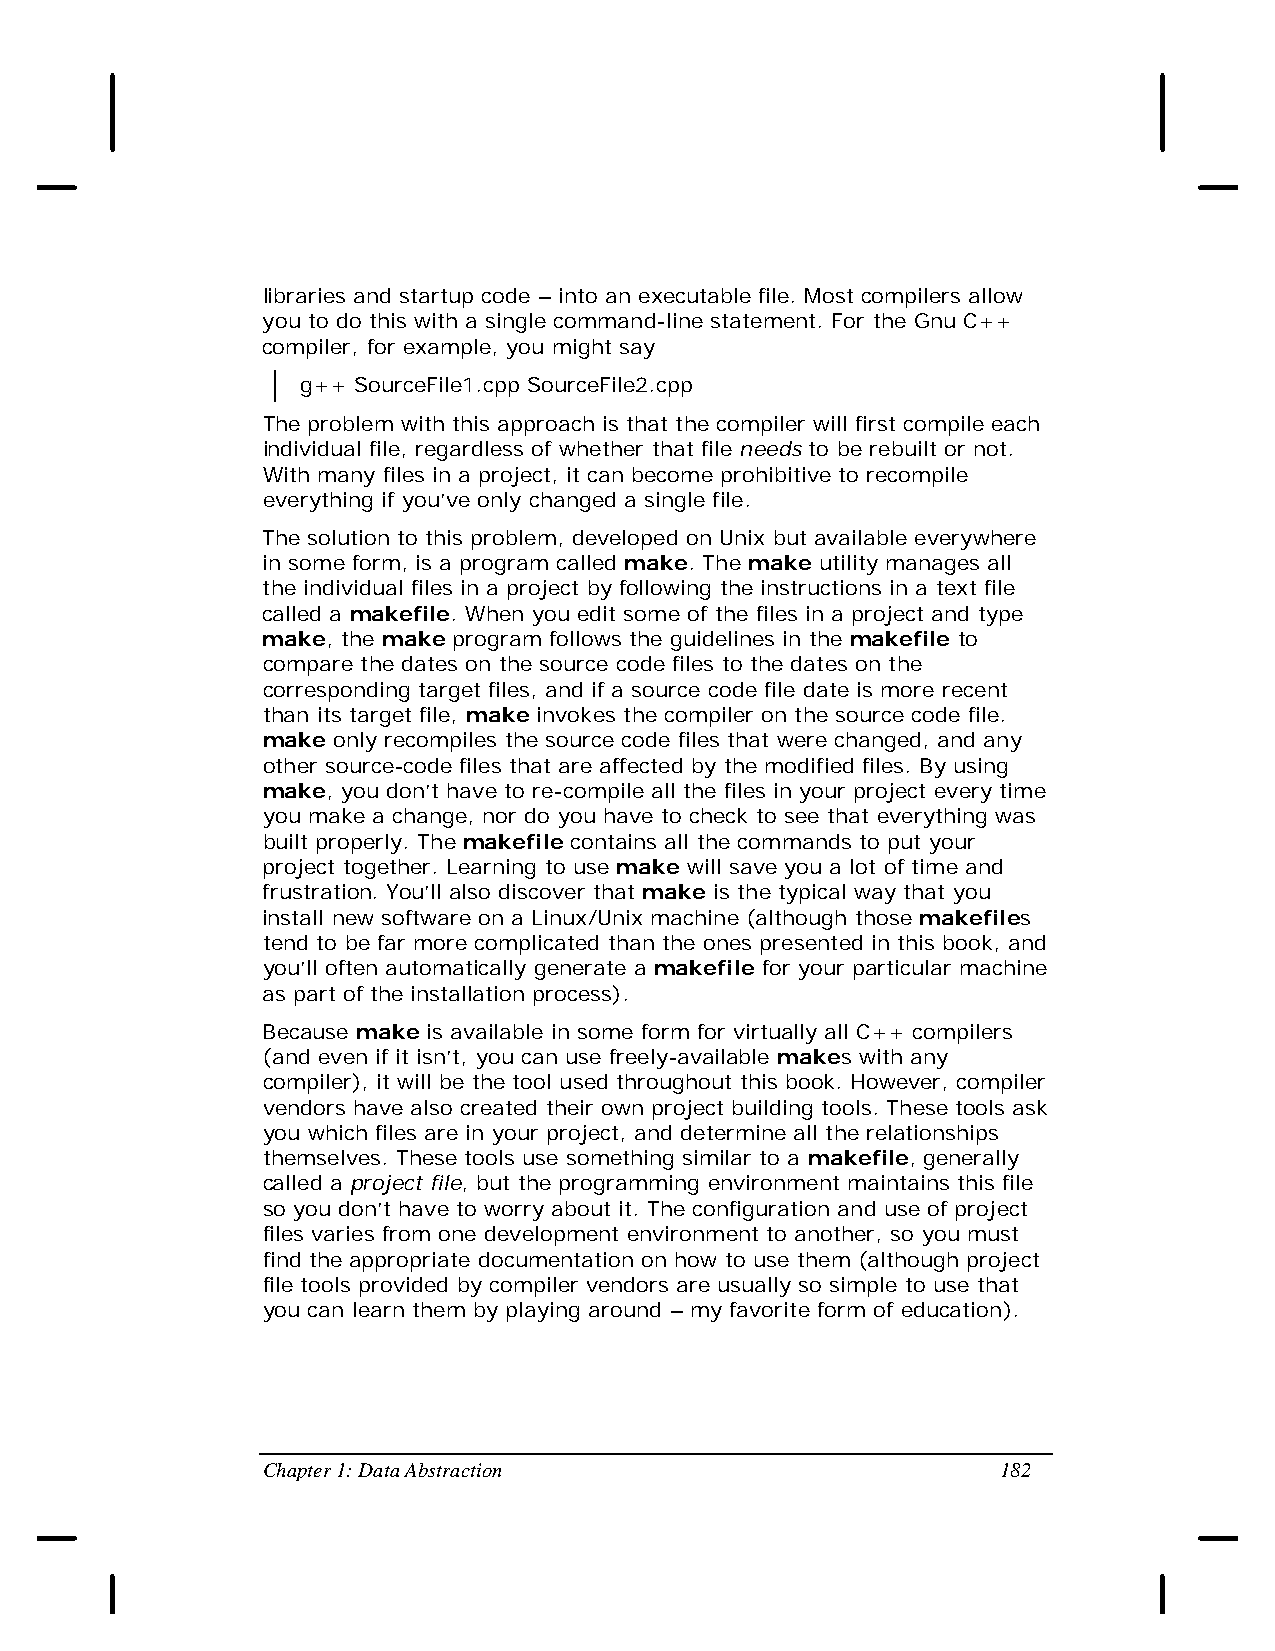
libraries and startup code – into an executable file. Most compilers allow
 you to do this with a single command-line statement. For the Gnu C++
 compiler, for example, you might say
 g++ SourceFile1.cpp SourceFile2.cpp
 The problem with this approach is that the compiler will first compile each
 individual file, regardless of whether that file needs to be rebuilt or not.
 With many files in a project, it can become prohibitive to recompile
 everything if you’ve only changed a single file.
 The solution to this problem, developed on Unix but available everywhere
 in some form, is a program called make. The make utility manages all
 the individual files in a project by following the instructions in a text file
 called a makefile. When you edit some of the files in a project and type
 make, the make program follows the guidelines in the makefile to
 compare the dates on the source code files to the dates on the
 corresponding target files, and if a source code file date is more recent
 than its target file, make invokes the compiler on the source code file.
 make only recompiles the source code files that were changed, and any
 other source-code files that are affected by the modified files. By using
 make, you don’t have to re-compile all the files in your project every time
 you make a change, nor do you have to check to see that everything was
 built properly. The makefile contains all the commands to put your
 project together. Learning to use make will save you a lot of time and
 frustration. You’ll also discover that make is the typical way that you
 install new software on a Linux/Unix machine (although those makefiles
 tend to be far more complicated than the ones presented in this book, and
 you’ll often automatically generate a makefile for your particular machine
 as part of the installation process).
 Because make is available in some form for virtually all C++ compilers
 (and even if it isn’t, you can use freely-available makes with any
 compiler), it will be the tool used throughout this book. However, compiler
 vendors have also created their own project building tools. These tools ask
 you which files are in your project, and determine all the relationships
 themselves. These tools use something similar to a makefile, generally
 called a project file, but the programming environment maintains this file
 so you don’t have to worry about it. The configuration and use of project
 files varies from one development environment to another, so you must
 find the appropriate documentation on how to use them (although project
 file tools provided by compiler vendors are usually so simple to use that
 you can learn them by playing around – my favorite form of education).
 Chapter 1: Data Abstraction                      182